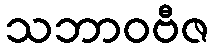
သဘာဝဗီဇ